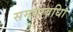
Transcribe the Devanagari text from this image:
समयावधिा